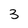
Character: 3